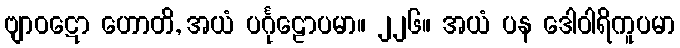
ဗျာဝဋော ဟောတိ, အယံ ပင်္ဂုဠောပမာ။ ၂၂၆။ အယံ ပန ဒေါဝါရိကူပမာ